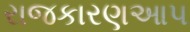
રાજકારણઆપ